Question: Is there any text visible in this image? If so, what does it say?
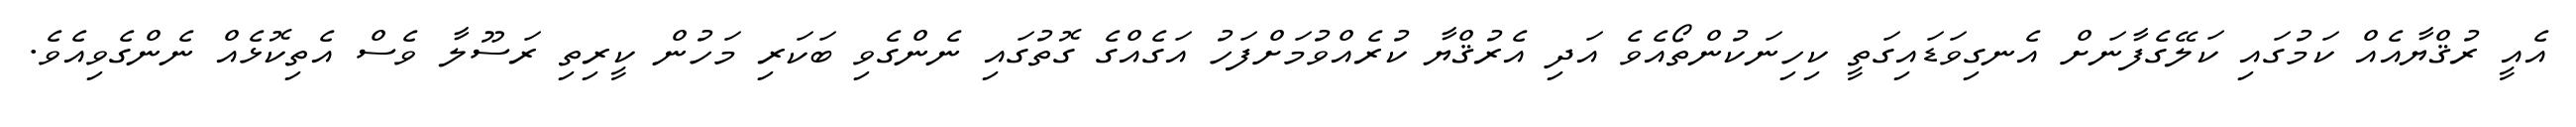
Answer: އެއީ ރުޤްޔާއެއް ކަމުގައި ކަލޭގެފާނަށް އެނގިވަޑައިގަތީ ކިހިނަކުންތޯއެވެ އަދި އެރުޤްޔާ ކުރެއްވުމަށްފަހު އަގެއްގެ ގޮތުގައި ނެންގެވި ބަކަރި މަހުން ކީރިތި ރަސޫލާ ވެސް އެތިކޮޅެއް ނެންގެވިއެވެ.